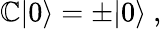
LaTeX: \mathbb{C}|0\rangle=\pm|0\rangle\ ,